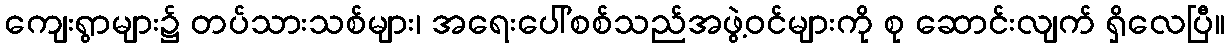
ကျေးရွာများ၌ တပ်သားသစ်များ၊ အရေးပေါ်စစ်သည်အဖွဲ့ဝင်များကို စု ဆောင်းလျက် ရှိလေပြီ။